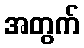
အတွက်